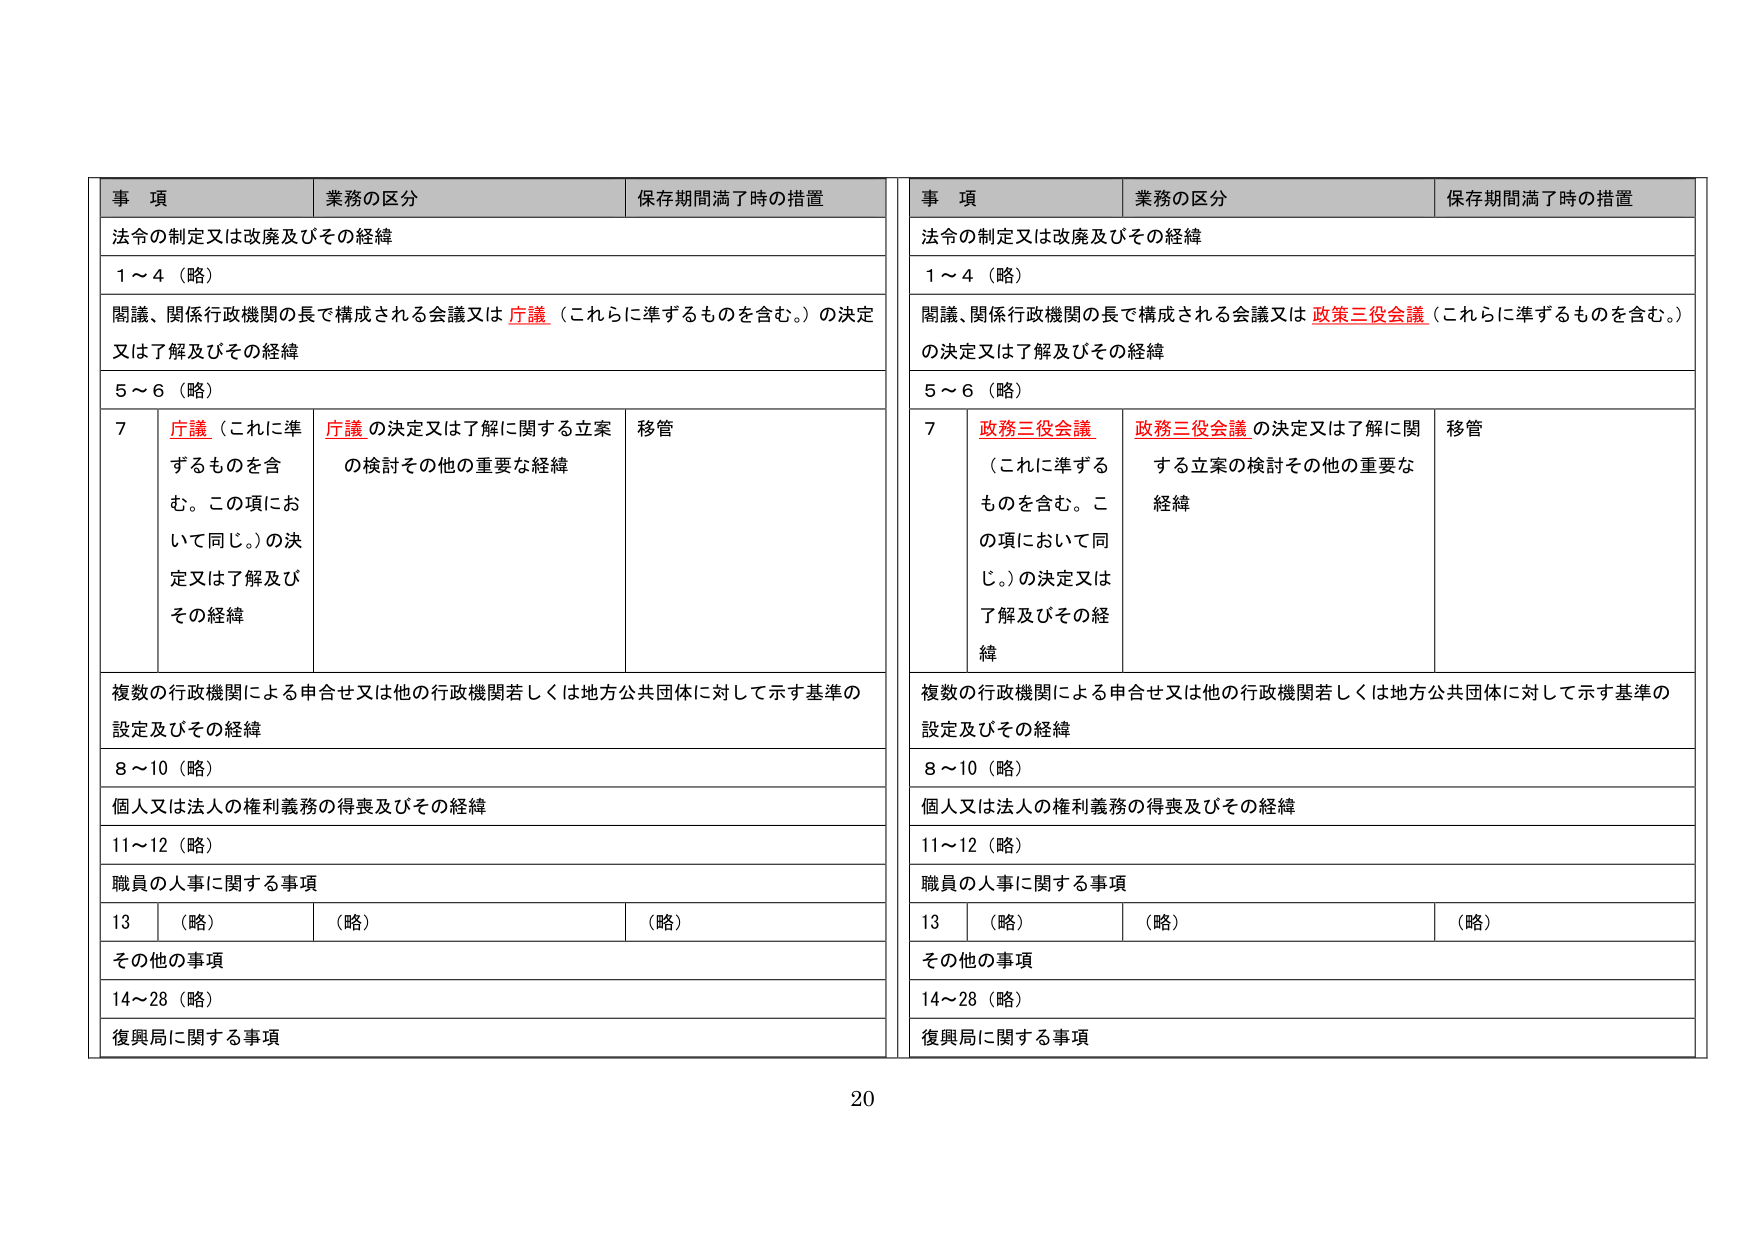
事 項 業務の区分 保存期間満了時の措置
法令の制定又は改廃及びその経緯
1～4（略）
閲議、関係行政機関の長で構成される会議又は 庁議（これらに準ずるものを含む。）の決定
又は了解及びその経緯
5～6（略）
7 庁議（これに準ずるものを含む。この項において同じ。）の決定又は了解及びその経緯 庁議 の決定又は了解に関する立案の検討その他の重要な経緯 移管
複数の行政機関による申合せ又は他の行政機関若しくは地方公共団体に対して示す基準の設定及びその経緯
8～10（略）
個人又は法人の権利義務の得喪及びその経緯
11～12（略）
職員の人事に関する事項
13 （略） （略） （略）
その他の事項
14～28（略）
復興局に関する事項

事 項 業務の区分 保存期間満了時の措置
法令の制定又は改廃及びその経緯
1～4（略）
閲議、関係行政機関の長で構成される会議又は 政策三役会議（これらに準ずるものを含む。）の決定又は了解及びその経緯
5～6（略）
7 政務三役会議（これに準ずるものを含む。この項において同じ。）の決定又は了解及びその経緯 政務三役会議 の決定又は了解に関する立案の検討その他の重要な経緯 移管
複数の行政機関による申合せ又は他の行政機関若しくは地方公共団体に対して示す基準の設定及びその経緯
8～10（略）
個人又は法人の権利義務の得喪及びその経緯
11～12（略）
職員の人事に関する事項
13 （略） （略） （略）
その他の事項
14～28（略）
復興局に関する事項

20